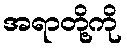
အရာတို့ကို